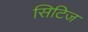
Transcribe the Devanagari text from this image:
सिटिज